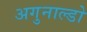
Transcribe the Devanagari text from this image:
अगुनाल्डो